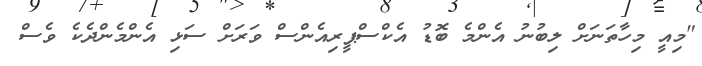
"މިއީ މިހާތަނަށް ލިބުނު އެންމެ ބޮޑު އެކްސްޕީރިއެންސް ވަރަށް ސަޅި އެންމެންދެކެ ވެސް